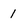
Character: 1